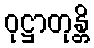
ဝုဋ္ဌာတုန္တိ